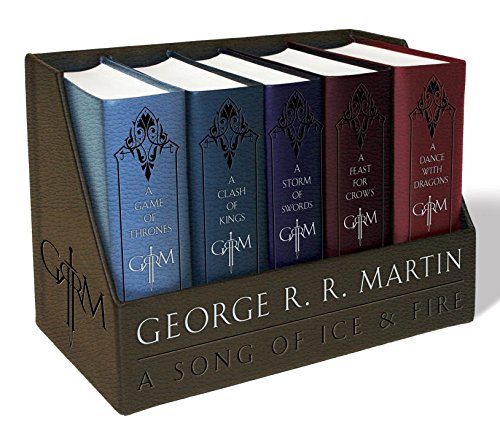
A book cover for George R. R. Martin's A Game of Thrones Leather-Cloth Boxed Set (Song of Ice and Fire Series): A Game of Thrones, A Clash of Kings, A Storm of Swords, A Feast for Crows, and A Dance with Dragons; George R. R. Martin; Literature & Fiction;